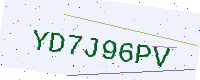
Text: YD7J96PV